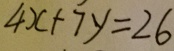
4 x + 7 y = 2 6